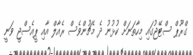
ގްރޫޕް ސްޓޭޖުގައި މިހާތަނަށް ކުޅުނު ދެ މެޗުންވެސް ރެއާލް އާއި ޕީއެސްޖީ ވަނީ